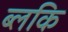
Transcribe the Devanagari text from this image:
ब्लकि